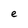
Character: e